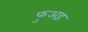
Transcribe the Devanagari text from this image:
फुअड